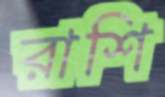
রাশি